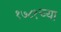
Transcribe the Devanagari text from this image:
१७८१च्या